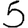
Digit: 5